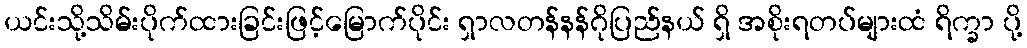
ယင်းသို့သိမ်းပိုက်ထားခြင်းဖြင့်မြောက်ပိုင်း ရှာလတန်နန်ဂိုပြည်နယ် ရှိ အစိုးရတပ်များထံ ရိက္ခာ ပို့